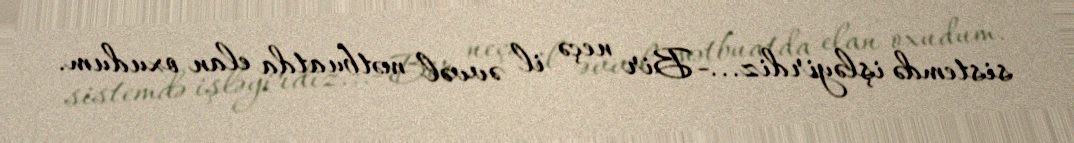
sistemdə işləyirdiz...- Bir neçə il əvvəl mətbuatda elan oxudum.